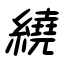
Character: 繞